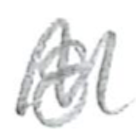
Text: 8
Cross-out: zig-zag
Writing tool: pencil